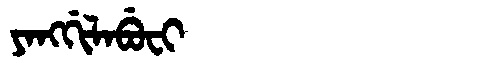
Manchu: ᠶᠠᠩᡤᡳᠯᠠᠪᡠᠸᡳ
Romanization: YANGGILABUFI